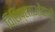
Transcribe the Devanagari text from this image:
विशिष्टताओंवाली